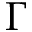
\Gamma